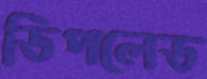
ডিপলেড